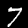
Label: 7